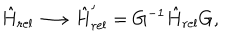
\hat { H } _ { \mathrm { r e l } } \longrightarrow \hat { H } _ { \mathrm { r e l } } ^ { \prime } = G ^ { - 1 } \hat { H } _ { \mathrm { r e l } } G ,